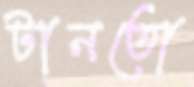
টানতো